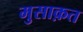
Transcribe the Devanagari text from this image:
मुसाक़त